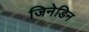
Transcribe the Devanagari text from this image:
जिनेडिन